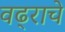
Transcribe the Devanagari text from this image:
वढ्राचे